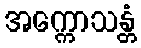
အက္ကောသန္တံ